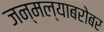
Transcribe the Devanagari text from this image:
जन्मल्याबरोबर